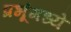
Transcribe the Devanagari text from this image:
प्रभूंमध्ये